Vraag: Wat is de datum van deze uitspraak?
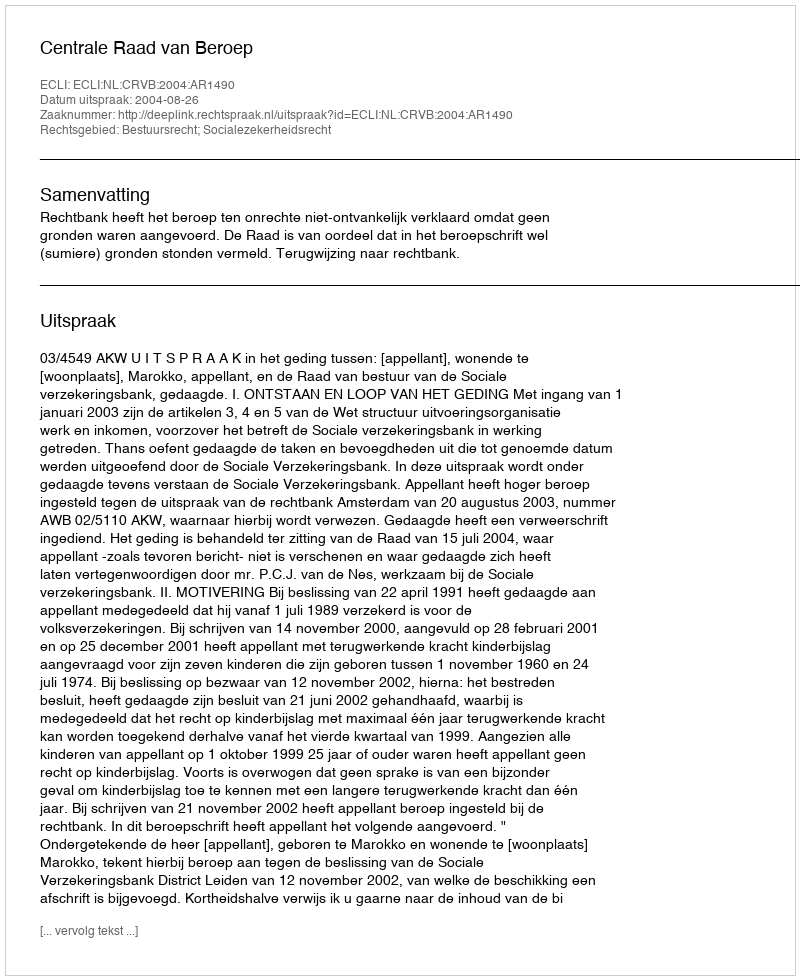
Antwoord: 2004-08-26